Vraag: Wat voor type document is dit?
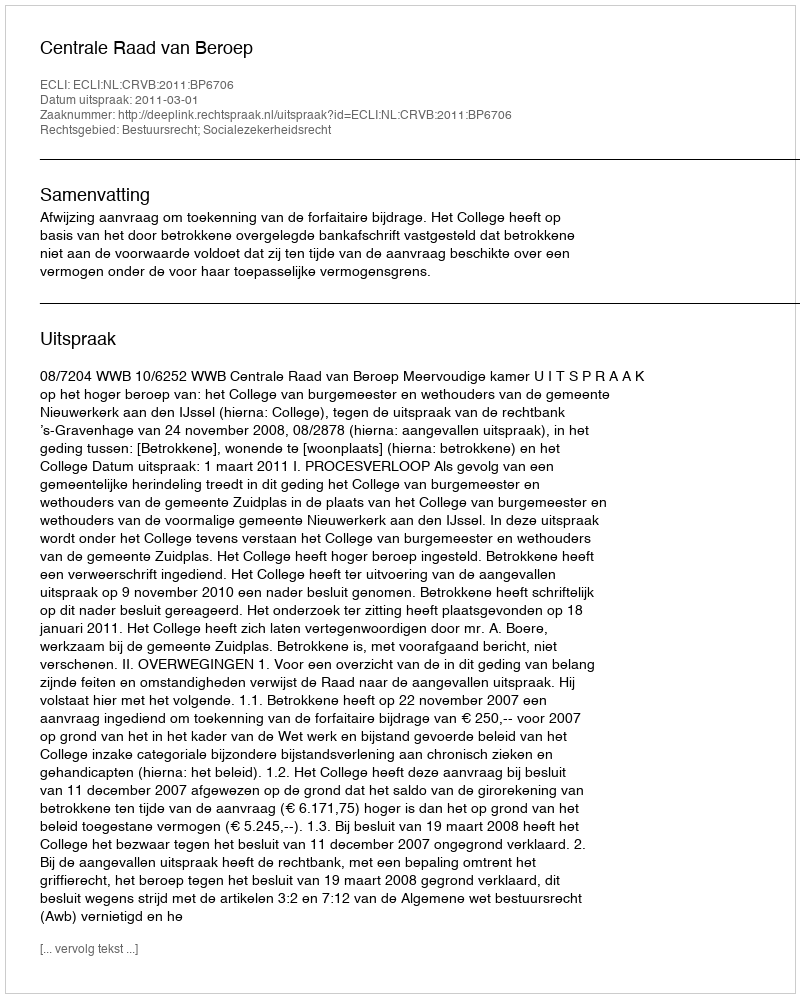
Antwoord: Uitspraak